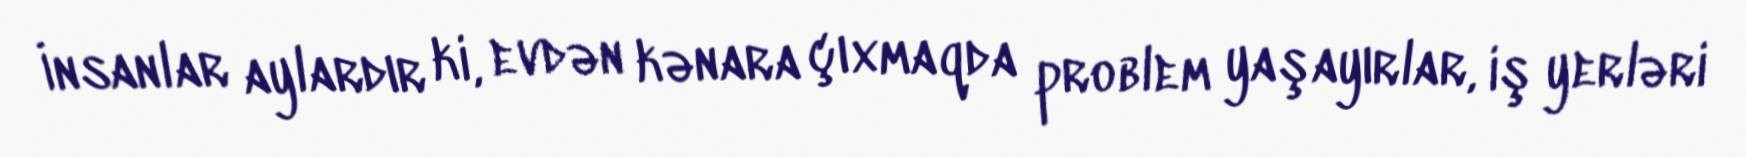
İnsanlar aylardır ki, evdən kənara çıxmaqda problem yaşayırlar, iş yerləri